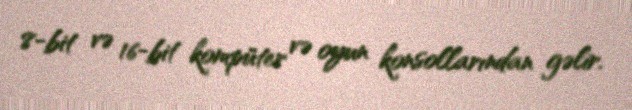
8-bit və 16-bit kompüter və oyun konsollarından gəlir.